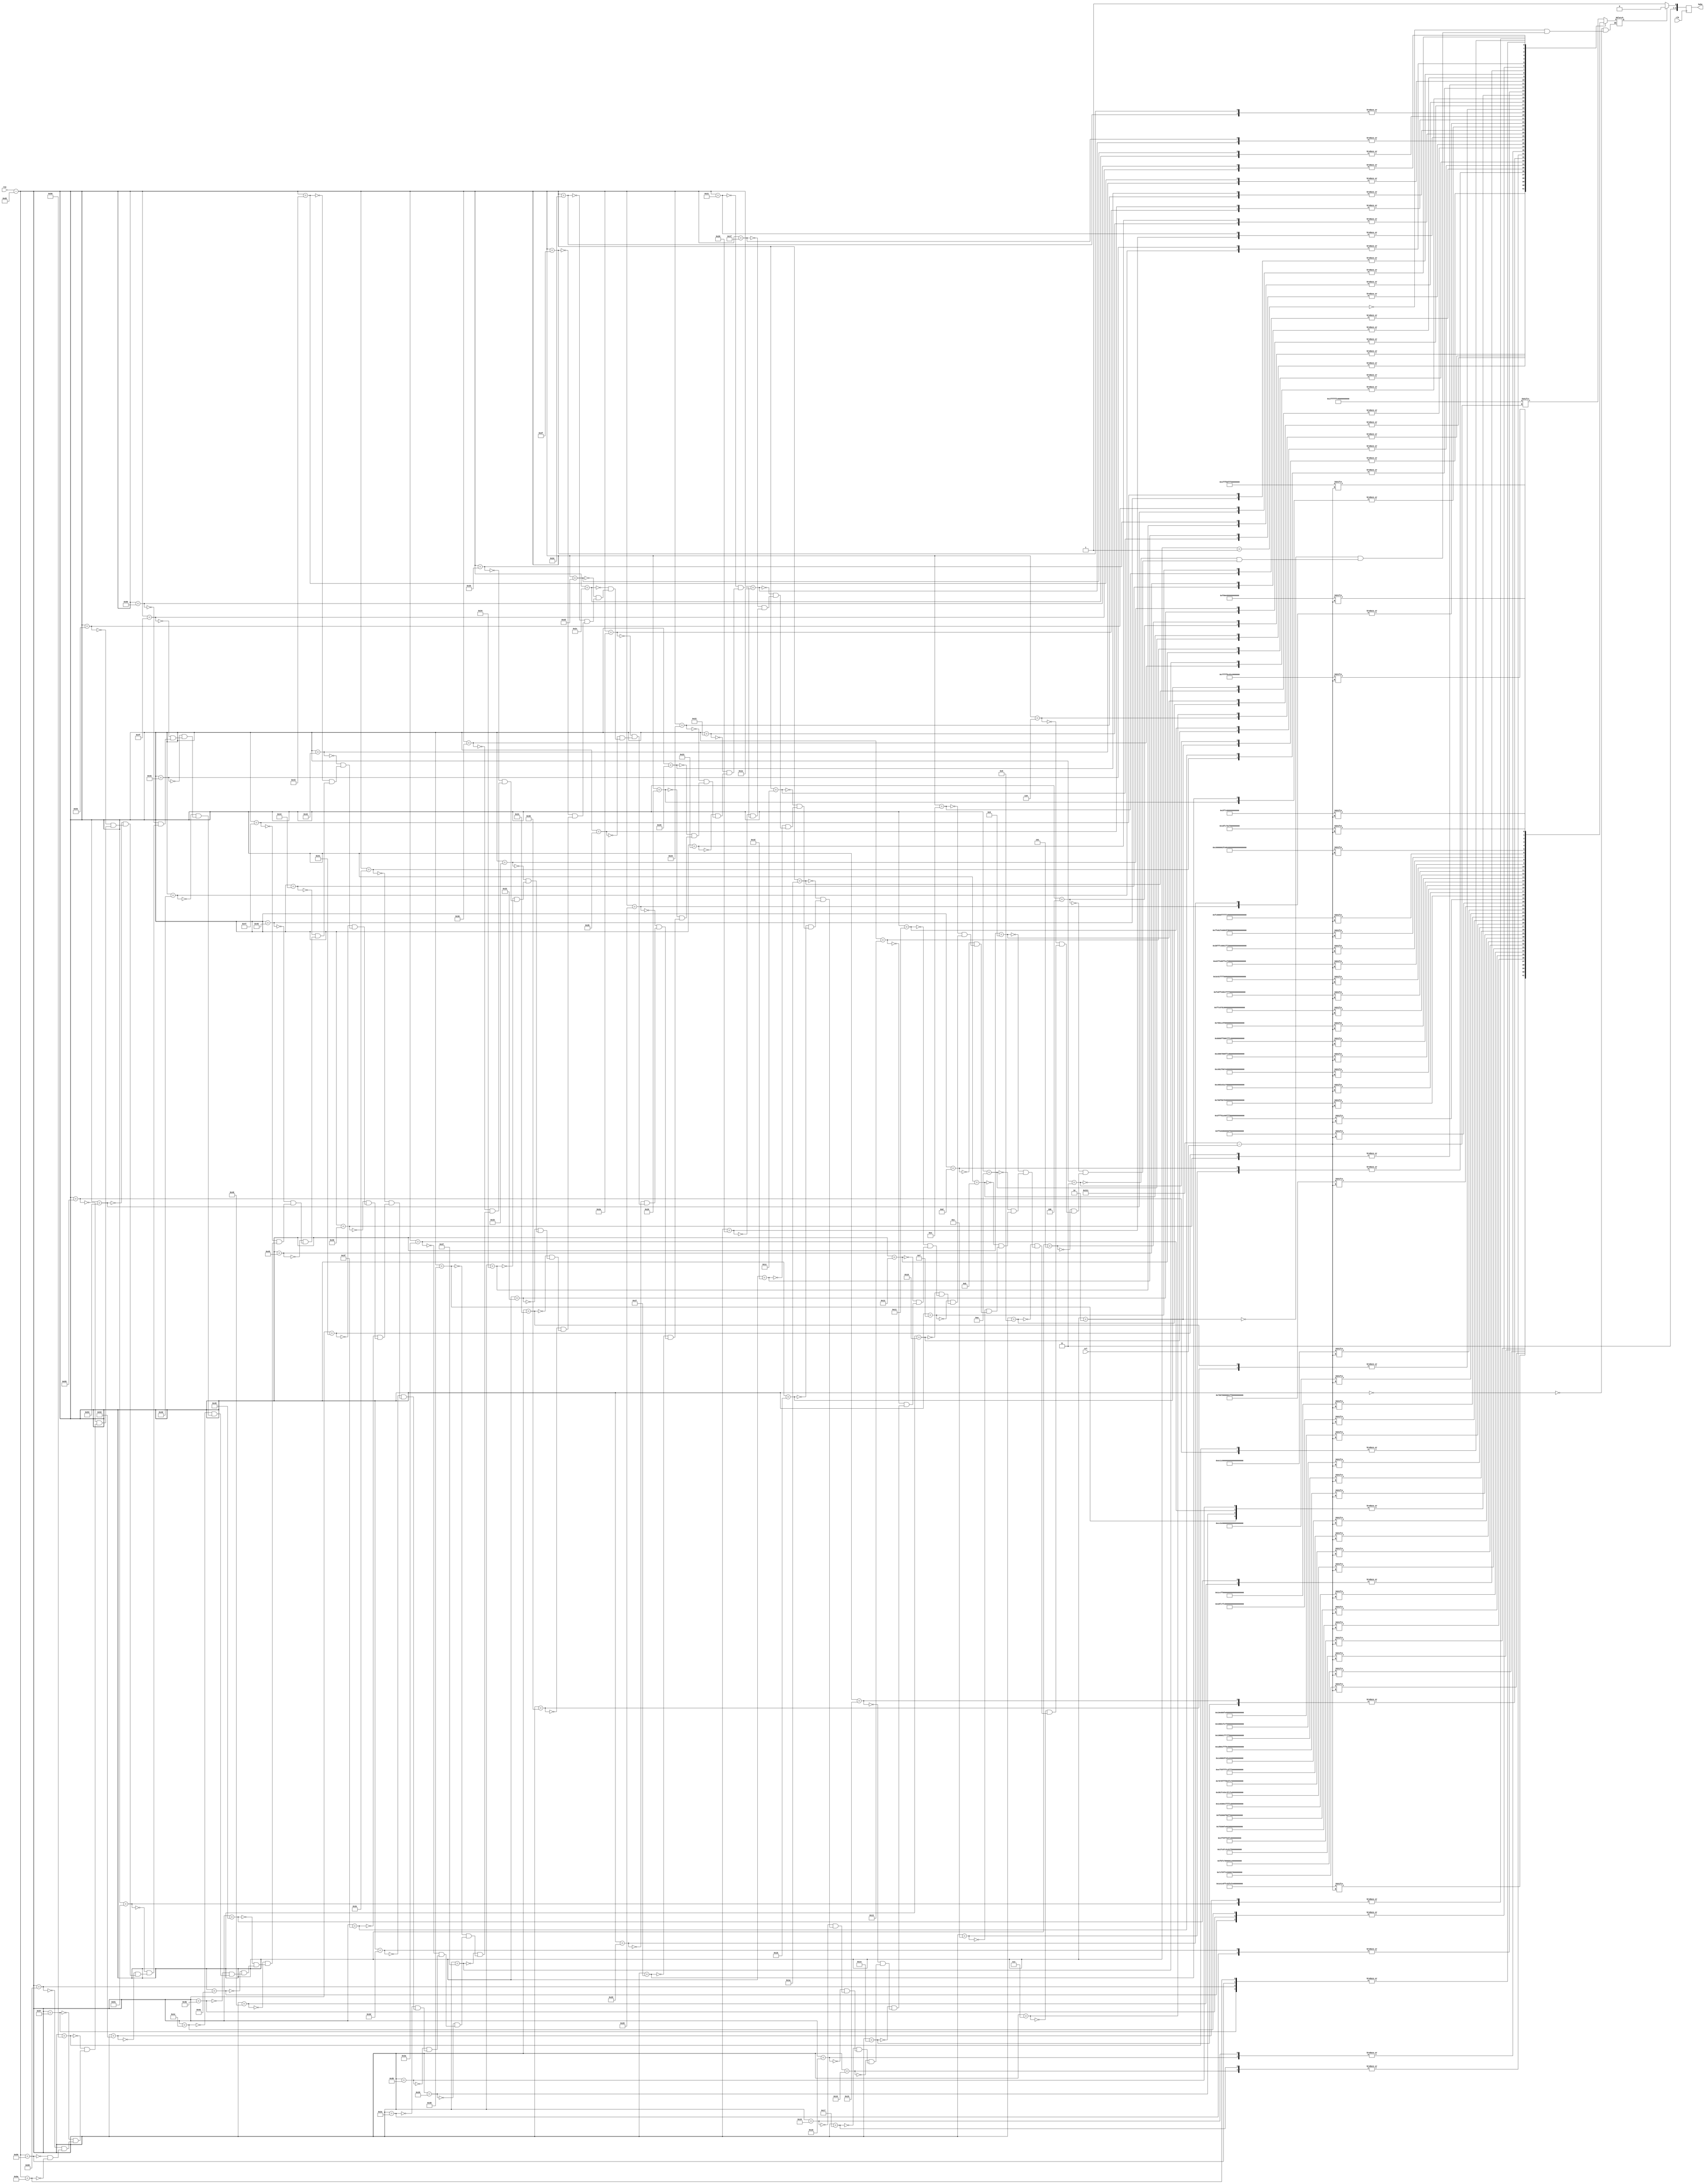
`timescale 1ns / 1ps
//////////////////////////////////////////////////////////////////////////////////
// Company: 
// Engineer: 
// 
// Design Name: 
// Module Name:    HA5 
// Project Name: 
// Target Devices: 
// Tool versions: 
// Description: 
//
// Dependencies: 
//
// Revision: 
// Revision 0.01 - File Created
// Additional Comments: 
//
//////////////////////////////////////////////////////////////////////////////////

module HA6(clk,row,col,haha
    );

input clk;
reg flag;
input [10:0]row,col;
output reg [2:0] haha;

wire [10:0]sr;
wire [299:0] r_1, r_2,r_3,r_4,r_5,r_6,r_7,r_8,r_9,r_10,r_11,r_12,r_13,r_14,r_15,r_16,r_17,r_18,r_19,r_20;
wire [299:0] r_21,r_22,r_23,r_24,r_25,r_26,r_27,r_28,r_29,r_30,r_31,r_32,r_33,r_34,r_35,r_36,r_37,r_38,r_39,r_40;
wire [299:0] r_41,r_42,r_43,r_44,r_45,r_46,r_47,r_48,r_49,r_50,r_51,r_52,r_53,r_54,r_55,r_56,r_57,r_58,r_59,r_60;
wire [299:0] r_61,r_62,r_63,r_64,r_65,r_66,r_67,r_68,r_69,r_70,r_71,r_72,r_73,r_74,r_75,r_76,r_77,r_78,r_79,r_80;
wire [299:0] r_81,r_82,r_83,r_84,r_85,r_86,r_87,r_88,r_89,r_90,r_91;

assign sr = row-210;

assign r_1   = 120'b000000000000000000000000000000000000000000000001111111111111111111111111110000000000000000000000000000000000000000000000;
assign r_2   = 120'b000000000000000000000000000000000000000000000001111111111111111111111111110000000000000000000000000000000000000000000000;
assign r_3   = 120'b000000000000000000000000000000000000000000011111111100001111111100000011111111000000000000000000000000000000000000000000;
assign r_4   = 120'b000000000000000000000000000000000000000000011111111100001111111100000011111111000000000000000000000000000000000000000000;
assign r_5   = 120'b000000000000000000000000000000000000000111111100000001111100001111000000000111111000000000000000000000000000000000000000;
assign r_6   = 120'b000000000000000000000000000000000000000111111100000001111100001111000000000111111000000000000000000000000000000000000000;
assign r_7   = 120'b000000000000000000000000000000000000111110111111111001111000000001100000000000011110000000000000000000000000000000000000;
assign r_8   = 120'b000000000000000000000000000000000000111110111111111001111000000001100000000000011110000000000000000000000000000000000000;
assign r_9   = 120'b000000000000000000000000000000000111110011110000111111111100000000110000000000000111100000000000000000000000000000000000;
assign r_10  = 120'b000000000000000000000000000000000111110011110000111111111100000000110000000000000111100000000000000000000000000000000000;
assign r_11  = 120'b000000000000000000000000000000011110000111000000111111111100000000111111111011111101110000000000000000000000000000000000;
assign r_12  = 120'b000000000000000000000000000000011110000111000000111111111100000000111111111011111101110000000000000000000000000000000000;
assign r_13  = 120'b000000000000000000000000000001111000001100000000111111100000000000110000011111111111111000000000000000000000000000000000;
assign r_14  = 120'b000000000000000000000000000001111000001100000000111111100000000000110000011111111111111000000000000000000000000000000000;
assign r_15  = 120'b000000000000000000000000000011110000001100000000000011111000000011111111000000000011101100000000000000000000000000000000;
assign r_16  = 120'b000000000000000000000000000011110000001100000000000011111000000011111111000000000011101100000000000000000000000000000000;
assign r_17  = 120'b000000000000000000000000000111000000001100000000000111111111111111111100000000000001101110000000000000000000000000000000;
assign r_18  = 120'b000000000000000000000000000111000000001100000000000111111111111111111100000000000001101110000000000000000000000000000000;
assign r_19  = 120'b000000000000000000000000001110000001111111000000001111000011111111001111111000000001100111000000000000000000000000000000;
assign r_20  = 120'b000000000000000000000000001110000001111111000000001111000011111111001111111000000001100111000000000000000000000000000000;
assign r_21  = 120'b000000000000000000000000011100000111100011111111111110000110001111111110011100000011110011000000000000000000000000000000;
assign r_22  = 120'b000000000000000000000000011100000111100011111111111110000110001111111110011100000011110011000000000000000000000000000000;
assign r_23  = 120'b000000000000000000000000111001111111100111111111111111111100001111111111111100000111111011100000000000000000000000000000;
assign r_24  = 120'b000000000000000000000000111001111111100111111111111111111100001111111111111100000111111011100000000000000000000000000000;
assign r_25  = 120'b000000000000000000000000110011100000000000000011111100011000000111100000001111111100011101100000000000000000000000000000;
assign r_26  = 120'b000000000000000000000000110011100000000000000011111100011000000111100000001111111100011101100000000000000000000000000000;
assign r_27  = 120'b000000000000000000000001110110000000000111111111111100001100011111111111111111001100001101100000000000000000000000000000;
assign r_28  = 120'b000000000000000000000001110110000000000111111111111100001100011111111111111111001100001101100000000000000000000000000000;
assign r_29  = 120'b000000000000000000000001100110000000000000011111111101111111111110000000000000001100000111111111111000000000000000000000;
assign r_30  = 120'b000000000000000000000001100110000000000000011111111101111111111110000000000000001100000111111111111000000000000000000000;
assign r_31  = 120'b000000000000000000000001100110000000000111111110011111110000000000000000000000001100000111110000001110000000000000000000;
assign r_32  = 120'b000000000000000000000001100110000000000111111110011111110000000000000000000000001100000111110000001110000000000000000000;
assign r_33  = 120'b000000000000000000000001100111100000000000001111111000000000000000000000000000001100000111100000000111000000000000000000;
assign r_34  = 120'b000000000000000000000001100111100000000000001111111000000000000000000000000000001100000111100000000111000000000000000000;
assign r_35  = 120'b000000000000000000000001100011111100011111111100000000000000000000000000000000001100000111100000000011111111111111000000;
assign r_36  = 120'b000000000000000000000001100011111100011111111100000000000000000000000000000000001100000111100000000011111111111111000000;
assign r_37  = 120'b000000000000000000000001110011001111111110000000000000000000000000000000000000011100000111100000000011100000000111111000;
assign r_38  = 120'b000000000000000000000001110011001111111110000000000000000000000000000000000000011100000111100000000011100000000111111000;
assign r_39  = 120'b000000000000000000000000110011000011110000000000000000000000000000000000000000011000000111100000000111000000000000011110;
assign r_40  = 120'b000000000000000000000000110011000011110000000000000000000000000000000000000000011000000111100000000111000000000000011110;
assign r_41  = 120'b000000000000000000000000111011000001110000000000000000000000000000000000000000111000001111000000001111111111111111111111;
assign r_42  = 120'b000000000000000000000000111011000001110000000000000000000000000000000000000000111000001111000000001111111111111111111111;
assign r_43  = 120'b000000000000000000000000011101100000011100000000000000000000000000011111111101110000001110000000111111110000000000001111;
assign r_44  = 120'b000000000000000000000000011101100000011100000000000000000000000000011111111101110000001110000000111111110000000000001111;
assign r_45  = 120'b000000000000000000001111111111100000001110000000000000000000000011111000001111100000011111111111111001100000000000000000;
assign r_46  = 120'b000000000000000000001111111111100000001110000000000000000000000011111000001111100000011111111111111001100000000000000000;
assign r_47  = 120'b000000000000000000111111111111110000000111100000000011111111111110000000000111000000111000111111000011100000000000000000;
assign r_48  = 120'b000000000000000000111111111111110000000111100000000011111111111110000000000111000000111000111111000011100000000000000000;
assign r_49  = 120'b000000000000000001110000000011111000000001111000001110000000000000000000001110000011110001111000000111000000000000000000;
assign r_50  = 120'b000000000000000001110000000011111000000001111000001110000000000000000000001110000011110001111000000111000000000000000000;
assign r_51  = 120'b000000000000000011000000000000111100000000011110011100000000000000000000111000001111100011100000001110000000000000000000;
assign r_52  = 120'b000000000000000011000000000000111100000000011110011100000000000000000000111000001111100011100000001110000000000000000000;
assign r_53  = 120'b000000000000000011000000000000011111000000000111111000000000000000000111100000111111101111000000011100000000000000000000;
assign r_54  = 120'b000000000000000011000000000000011111000000000111111000000000000000000111100000111111101111000000011100000000000000000000;
assign r_55  = 120'b000000000000000011000000000000000111100000000000111111111100011111111110001111111111111100000001111000000000000000000000;
assign r_56  = 120'b000000000000000011000000000000000111100000000000111111111100011111111110001111111111111100000001111000000000000000000000;
assign r_57  = 120'b000000000000000001100000000000001111111100000000000001111111111111000001111111111111111000011111100000000000000000000000;
assign r_58  = 120'b000000000000000001100000000000001111111100000000000001111111111111000001111111111111111000011111100000000000000000000000;
assign r_59  = 120'b000000000000000001100000000000001111111100000000000001111111111111000001111111111111111000011111100000000000000000000000;
assign r_60  = 120'b000000000000000001100000000000001111111100000000000001111111111111000001111111111111111000011111100000000000000000000000;
assign r_61  = 120'b000000000000000001110000000000011100001111111000000000000000000001111111111111111111111111111100000000000000000000000000;
assign r_62  = 120'b000000000000000001110000000000011100001111111000000000000000000001111111111111111111111111111100000000000000000000000000;
assign r_63  = 120'b000000000000111111111100000001111000000011111111111111111111111111111011111111000000000011100000000000000000000000000000;
assign r_64  = 120'b000000000000111111111100000001111000000011111111111111111111111111111011111111000000000011100000000000000000000000000000;
assign r_65  = 120'b000000001111111000001111111111100000000000011111111111111111001111111111111100000000000000110000000000000000000000000000;
assign r_66  = 120'b000000001111111000001111111111100000000000011111111111111111001111111111111100000000000000110000000000000000000000000000;
assign r_67  = 120'b000000111100000000011111111111111111000000000111111111111111111111111111111000000000000000011000000000000000000000000000;
assign r_68  = 120'b000000111100000000011111111111111111000000000111111111111111111111111111111000000000000000011000000000000000000000000000;
assign r_69  = 120'b000011100000011111111110000000001111111111100001111111001111111111111100110000000000000000011000000000000000000000000000;
assign r_70  = 120'b000011100000011111111110000000001111111111100001111111001111111111111100110000000000000000011000000000000000000000000000;
assign r_71  = 120'b001110001111111111111100000000000000000111111111000111111110001111111100110000000000000000011000000000000000000000000000;
assign r_72  = 120'b001110001111111111111100000000000000000111111111000111111110001111111100110000000000000000011000000000000000000000000000;
assign r_73  = 120'b011111111110000000011111111000000000000000111111110011100000000011111111110000000000000000111000000000000000000000000000;
assign r_74  = 120'b011111111110000000011111111000000000000000111111110011100000000011111111110000000000000000111000000000000000000000000000;
assign r_75  = 120'b111111000000000000000000111111111111111111110000111111000001111111111110111000000000000001110000000000000000000000000000;
assign r_76  = 120'b111111000000000000000000111111111111111111110000111111000001111111111110111000000000000001110000000000000000000000000000;
assign r_77  = 120'b111111000000000000000000111111111111111111110000111111000001111111111110111000000000000001110000000000000000000000000000;
assign r_78  = 120'b110000000000000000000000000000111111111000000000001111110011111110000001111100000000000011100000000000000000000000000000;
assign r_79  = 120'b110000000000000000000000000000111111111000000000001111110011111110000001111100000000000011100000000000000000000000000000;
assign r_80  = 120'b000000000000000000000000000000000000000000000000000001111111111111111111101111000000001111000000000000000000000000000000;
assign r_81  = 120'b000000000000000000000000000000000000000000000000000001111111111111111111101111000000001111000000000000000000000000000000;
assign r_82  = 120'b000000000000000000000000000000000000000000000000000000011111111111111011000011111111111100000000000000000000000000000000;
assign r_83  = 120'b000000000000000000000000000000000000000000000000000000011111111111111011000011111111111100000000000000000000000000000000;
assign r_84  = 120'b000000000000000000000000000000000000000000000000000000011101111111000111000000011111000000000000000000000000000000000000;
assign r_85  = 120'b000000000000000000000000000000000000000000000000000000011101111111000111000000011111000000000000000000000000000000000000;
assign r_86  = 120'b000000000000000000000000000000000000000000000000000000001111000000001110000000000000000000000000000000000000000000000000;
assign r_87  = 120'b000000000000000000000000000000000000000000000000000000001111000000001110000000000000000000000000000000000000000000000000;
assign r_88  = 120'b000000000000000000000000000000000000000000000000000000000011111111111100000000000000000000000000000000000000000000000000;
assign r_89  = 120'b000000000000000000000000000000000000000000000000000000000011111111111100000000000000000000000000000000000000000000000000;
assign r_90  = 120'b000000000000000000000000000000000000000000000000000000000011111111111100000000000000000000000000000000000000000000000000;
assign r_91  = 120'b000000000000000000000000000000000000000000000000000000000011111111111100000000000000000000000000000000000000000000000000;

always@(*)begin
	case(sr)
		0   : flag = r_1  [785-col];
		1   : flag = r_2  [785-col];
		2   : flag = r_3  [785-col];
        3   : flag = r_4  [785-col];
        4   : flag = r_5  [785-col];
        5   : flag = r_6  [785-col];
        6   : flag = r_7  [785-col];
        7   : flag = r_8  [785-col];
        8   : flag = r_9  [785-col];
        9   : flag = r_10 [785-col];
        10  : flag = r_11 [785-col];
        11  : flag = r_12 [785-col];
        12  : flag = r_13 [785-col];
        13  : flag = r_14 [785-col];
        14  : flag = r_15 [785-col];
        15  : flag = r_16 [785-col];
        16  : flag = r_17 [785-col];
        17  : flag = r_18 [785-col];
        18  : flag = r_19 [785-col];
        19  : flag = r_20 [785-col];
        20  : flag = r_21 [785-col];
        21  : flag = r_22 [785-col];
        22  : flag = r_23 [785-col];
        23  : flag = r_24 [785-col];
        24  : flag = r_25 [785-col];
        25  : flag = r_26 [785-col];
        26  : flag = r_27 [785-col];
        27  : flag = r_28 [785-col];
        28  : flag = r_29 [785-col];
        29  : flag = r_30 [785-col];
        30  : flag = r_31 [785-col];
        31  : flag = r_32 [785-col];
        32  : flag = r_33 [785-col];
        33  : flag = r_34 [785-col];
        34  : flag = r_35 [785-col];
        35  : flag = r_36 [785-col];
        36  : flag = r_37 [785-col];
        37  : flag = r_38 [785-col];
        38  : flag = r_39 [785-col];
        39  : flag = r_40 [785-col];
        40  : flag = r_41 [785-col];
        41  : flag = r_42 [785-col];
        42  : flag = r_43 [785-col];
        43  : flag = r_44 [785-col];
        44  : flag = r_45 [785-col];
        45  : flag = r_46 [785-col];
        46  : flag = r_47 [785-col];
        47  : flag = r_48 [785-col];
        48  : flag = r_49 [785-col];
        49  : flag = r_50 [785-col];
        50  : flag = r_51 [785-col];
        51  : flag = r_52 [785-col];
        52  : flag = r_53 [785-col];
        53  : flag = r_54 [785-col];
        54  : flag = r_55 [785-col];
        55  : flag = r_56 [785-col];
        56  : flag = r_57 [785-col];
        57  : flag = r_58 [785-col];
        58  : flag = r_59 [785-col];
        59  : flag = r_60 [785-col];
        60  : flag = r_61 [785-col];
        61  : flag = r_62 [785-col];
        62  : flag = r_63 [785-col];
        63  : flag = r_64 [785-col];
        64  : flag = r_65 [785-col];
        65  : flag = r_66 [785-col];
        66  : flag = r_67 [785-col];
        67  : flag = r_68 [785-col];
        68  : flag = r_69 [785-col];
        69  : flag = r_70 [785-col];
        70  : flag = r_71 [785-col];
        71  : flag = r_72 [785-col];
        72  : flag = r_73 [785-col];
        73  : flag = r_74 [785-col];
        74  : flag = r_75 [785-col];
        75  : flag = r_76 [785-col];
        76  : flag = r_77 [785-col];
        77  : flag = r_78 [785-col];
        78  : flag = r_79 [785-col];
        79  : flag = r_80 [785-col];
        80  : flag = r_81 [785-col];
        81  : flag = r_82 [785-col];
        82  : flag = r_83 [785-col];
        83  : flag = r_84 [785-col];
        84  : flag = r_85 [785-col];
        85  : flag = r_86 [785-col];
        86  : flag = r_87 [785-col];
        87  : flag = r_88 [785-col];
        88  : flag = r_89 [785-col];
        89  : flag = r_90 [785-col];
        90  : flag = r_91 [785-col];
	endcase
end

always@(posedge clk)begin
	if(flag)begin
		haha <=3'b110;
	end
	else haha <= 3'b111;
end
endmodule